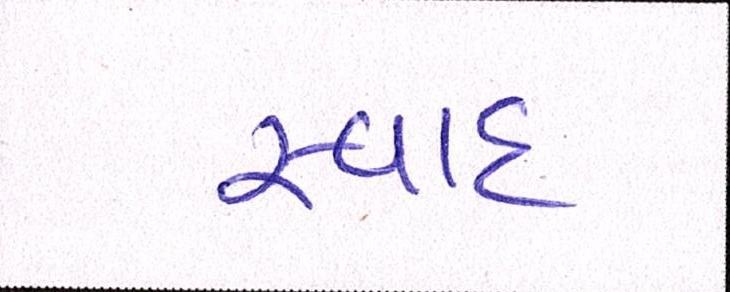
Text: સ્વાદ